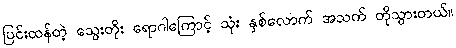
ပြင်းထန်တဲ့ သွေးတိုး ရောဂါကြောင့် သုံး နှစ်လောက် အသက် တိုသွားတယ်။